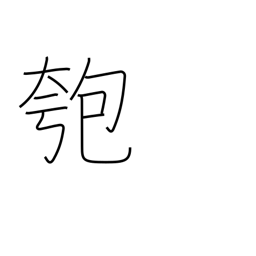
Meaning: gourd